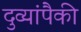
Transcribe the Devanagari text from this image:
दुव्यांपैकी